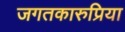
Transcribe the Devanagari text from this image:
जगतकारुप्रिया